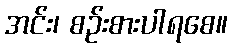
အင်း၊ စဉ်းစားပါရစေ။